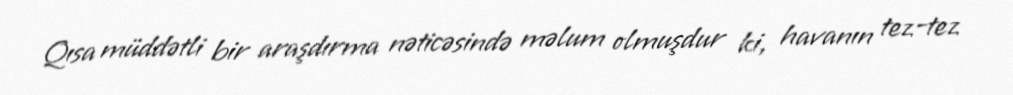
Qısa müddətli bir araşdırma nəticəsində məlum olmuşdur ki, havanın tez-tez